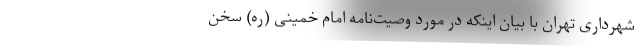
شهرداری تهران با بیان اینکه در مورد وصیت‌نامه امام خمینی (ره) سخن